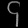
Digit: ၄